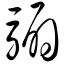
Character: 骟